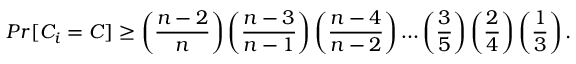
P r [ C _ { i } = C ] \geq \left( { \frac { n - 2 } { n } } \right) \left( { \frac { n - 3 } { n - 1 } } \right) \left( { \frac { n - 4 } { n - 2 } } \right) \ldots \left( { \frac { 3 } { 5 } } \right) \left( { \frac { 2 } { 4 } } \right) \left( { \frac { 1 } { 3 } } \right) .